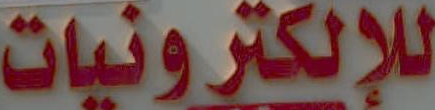
للإلكترونيات